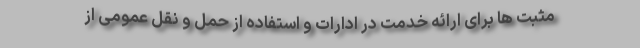
مثبت ها برای ارائه خدمت در ادارات و استفاده از حمل و نقل عمومی از